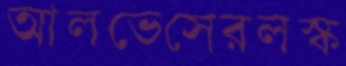
আলভেসেরলস্ক